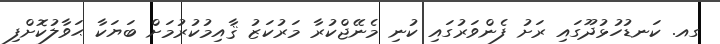
ގއ. ކަނޑުހުޅުދޫގައި ރަށު ފެންވަރުގައި ކުނި މެނޭޖްކުރާ މަރުކަޒު ޤާއިމުކުރުމަށް ބަޔަކާ ޙަވާލުކޮށްފި